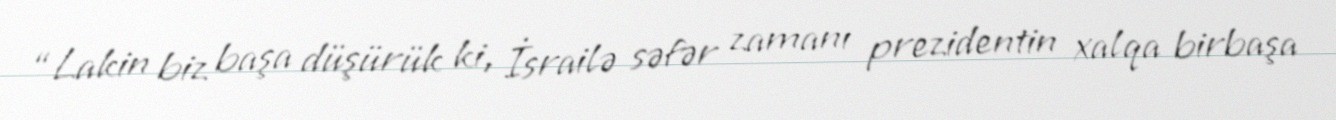
“Lakin biz başa düşürük ki, İsrailə səfər zamanı prezidentin xalqa birbaşa